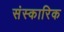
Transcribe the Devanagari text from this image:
संस्कारिक